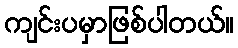
ကျင်းပမှာဖြစ်ပါတယ်။